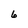
Character: 6